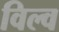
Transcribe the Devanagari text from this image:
विल्व